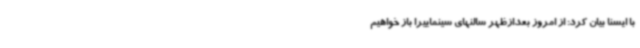
با ایسنا بیان کرد: از امروز بعدازظهر سالنهای سینماییرا باز خواهیم